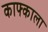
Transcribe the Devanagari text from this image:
काफ्काला